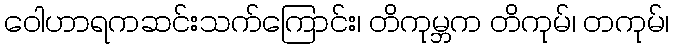
ဝေါဟာရကဆင်းသက်ကြောင်း၊ တိကုမ္ဘက တိကုမ်၊ တကုမ်၊